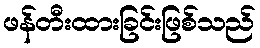
ဖန်တီးထားခြင်းဖြစ်သည်